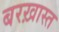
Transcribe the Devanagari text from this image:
बरख़ास्त